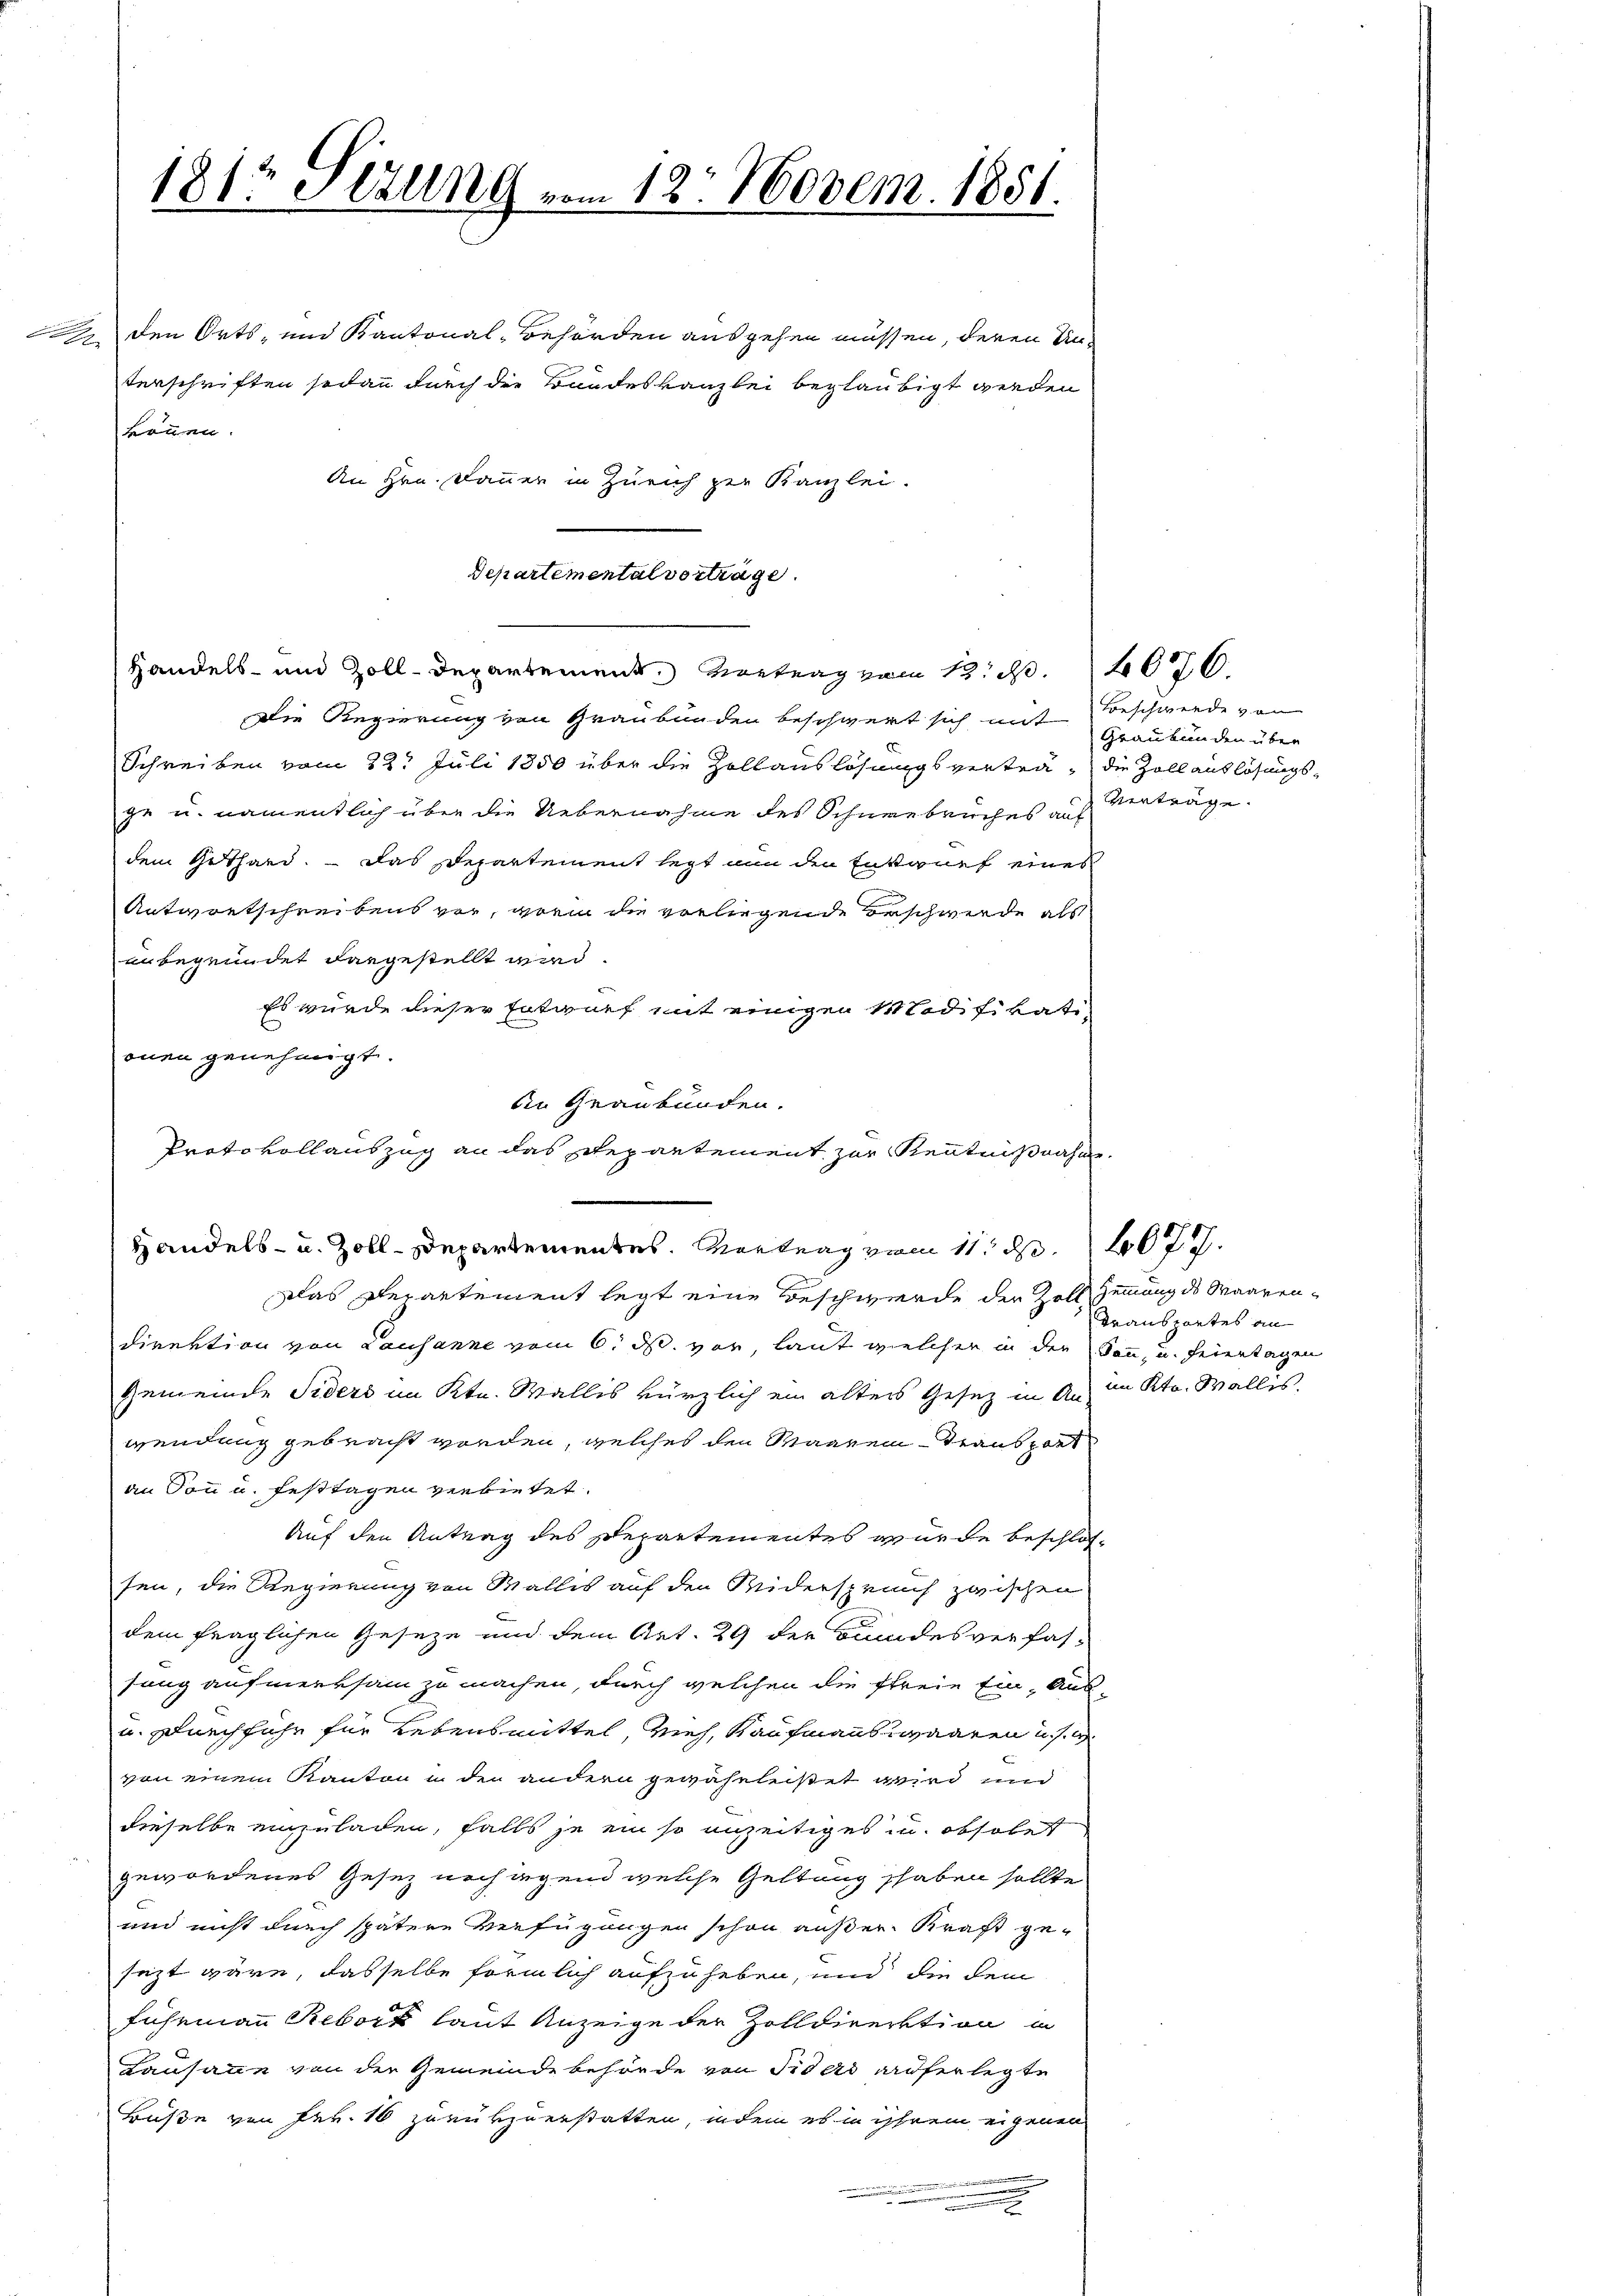
den Orts- und Kantonal-Behörden ausgehen müssen, deren Un-
terschriften sodann durch die Bandeskanzlei beglaubigt werden
An Hrn. Danner in Zürich zur Kanzlei.
Departementalvertrage
Handels- und Zoll-Departement. Vortrag vom 13. d. 1076.
Die Regierung von Graubünden beschwert sich mit Beschwerde von
Schreiben vom 22t Juli 1850 über die Zollauslösungsvertra, die Zoll auslösungsge u. namentlich über die Uebernahme des Schneebruches auf
dem Guthard. — Das Departement legt nun den Entwurf eines
Antwortschreibens vor, worin die vorliegende Beschwerde als
unbegründet dargestellt wird.
Es wurde dieser Entwurf mit einigen Modifikationen genehmigt.
Das Derartement legt eine Beschwerde der Zoll Zemmung des Waarendirektion von Lausanne vom 6. ds. vor, laut welcher in der Sonn- und feiertagen
Gemeinde Siders im Ktn. Wallis kürzlich ein alters Gesetz in An-
wendung gebracht worden, welches den Waaren Transport
an Ton u. festtagen verbietet.
Auf den Antrag des Departementes wurde beschlossen, die Regierung von Wallis auf den Widerspruch zwischen
dem fraglichen Geseze und dem Art. 29 der Bundesverfahsung aufmerksam zu machen, durch welchen die freie Ein- Aus-
u. Durchführ für Lebensmittel, vieh, Kaufmannswaaren u. s. w.
von einem Kanton in den andern gewährleiset wird und
dieselbe einzuladen, falls je ein so anzeitiges in obsobet
gewordenes Gesetz nachigend welche Geltung haben sollte
und nicht durch spätere Verfügungen schon außer Kraft ge-
sezt wäre, dasselbe förmlich aufzuheben, und die dem
Fuhrmann Reber laut Anzeige der Zolldirektion in
Lausanne von der Gemeindebehörde von Fiders auferlegte
Buße von Frk. 16 zurükzuerstatten, indem es in ihrem eigenen
.

Sizung vom 12. Novem. 1851.
181:

kommen.

An Graubünden.
Protokollauszug an das Departement zur Kenntnißnahm.
Handels- u. Zoll-Departementes. Vortrag vom 11. d. 2077.

Graubünden über
Vertrage.

Transportes an
im Ktn. Wallis.